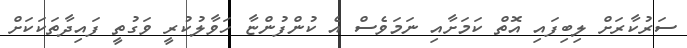
ސަރުކާރަށް ލިބިފައި އޮތް ކަމަށާއި ނަމަވެސް އެ ކުންފުންޏާ ހަވާލުކުރީ ވަގުތީ ފައިދާތަކަކަށް